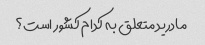
مادرید متعلق به کدام کشور است؟